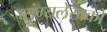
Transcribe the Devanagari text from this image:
व्यंग्यलेखकों